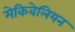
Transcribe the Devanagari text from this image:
मेकिवेलियन